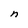
Character: n